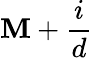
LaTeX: \mathbf{M}+\frac{{i}}{{d}}